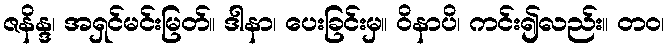
ဇနိန္ဒ၊ အရှင်မင်းမြတ်။ ဒါနာ၊ ပေးခြင်းမှ။ ဝိနာပိ၊ ကင်း၍လည်း။ တဝ၊